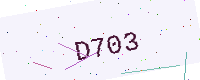
Text: D703